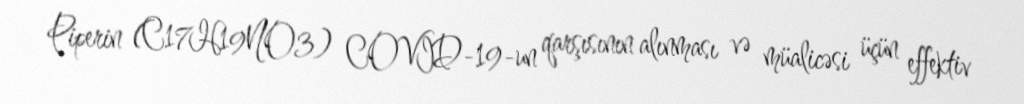
Piperin (C17H19NO3) COVID-19-un qarşısının alınması və müalicəsi üçün effektiv